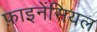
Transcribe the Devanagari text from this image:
फ़ाइनेंसियल